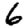
Digit: 6